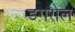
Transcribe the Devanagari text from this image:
डगरोल